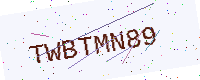
Text: TWBTMN89